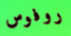
روفوس